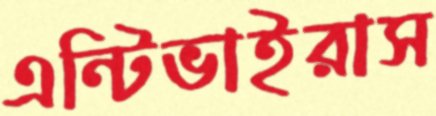
এন্টিভাইরাস